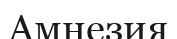
Амнезия